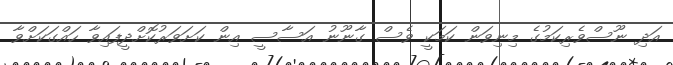
އަދި ނޫސްވެރިކަމުގެ މިނިވަން ކަމަކީ ވެސް ގާނޫނު އަސާސީ އިން ކަށަވަރުކޮށްދީފައިވާ ހައްގަކަށްވާ